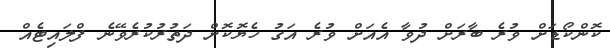
ކޮންކޯޑަށް ވުރެ ބާރަށް ދުވާ އެއަށް ވުރެ އަގު ހެޔޮކޮށް ދަތުރުކުރެވޭނެ ފްލައިޓެއް